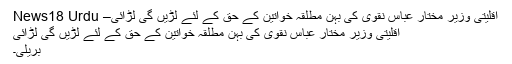
اقلیتی وزیر مختار عباس نقوی کی بہن مطلقہ خواتین کے حق کے لئے لڑیں گی لڑائی– News18 Urdu
اقلیتی وزیر مختار عباس نقوی کی بہن مطلقہ خواتین کے حق کے لئے لڑیں گی لڑائی
بریلی۔